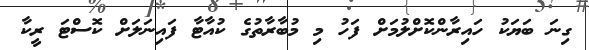
ގިނަ ބަޔަކު ހައިރާންކޮށްލުމަށް ފަހު މި މުބާރާތުގެ ކުއާޓާ ފައިނަލަށް ކޮސްޓަ ރީކާ